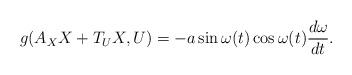
LaTeX: \begin{align*}g(A_X X + T_U X, U) =- a \sin \omega (t) \cos \omega (t) \frac{d \omega } {dt}.\end{align*}